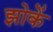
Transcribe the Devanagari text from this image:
झोकें